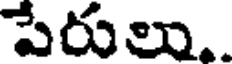
పేరులు..